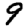
Digit: 9